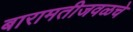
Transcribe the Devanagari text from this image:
बारामतीजवळचे